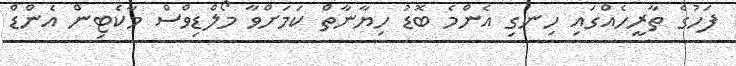
ފަހުގެ ތާރީހެއްގައި ހިނގި އެންމެ ބޮޑު ހިޔާނާތް ކަމަށްވާ މޯލްޑިވްސް މާކެޓިން އެންޑް